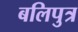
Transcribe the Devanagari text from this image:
बलिपुत्र